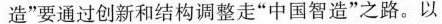
造”要通过创新和结构调整走”中国智造”之路。以